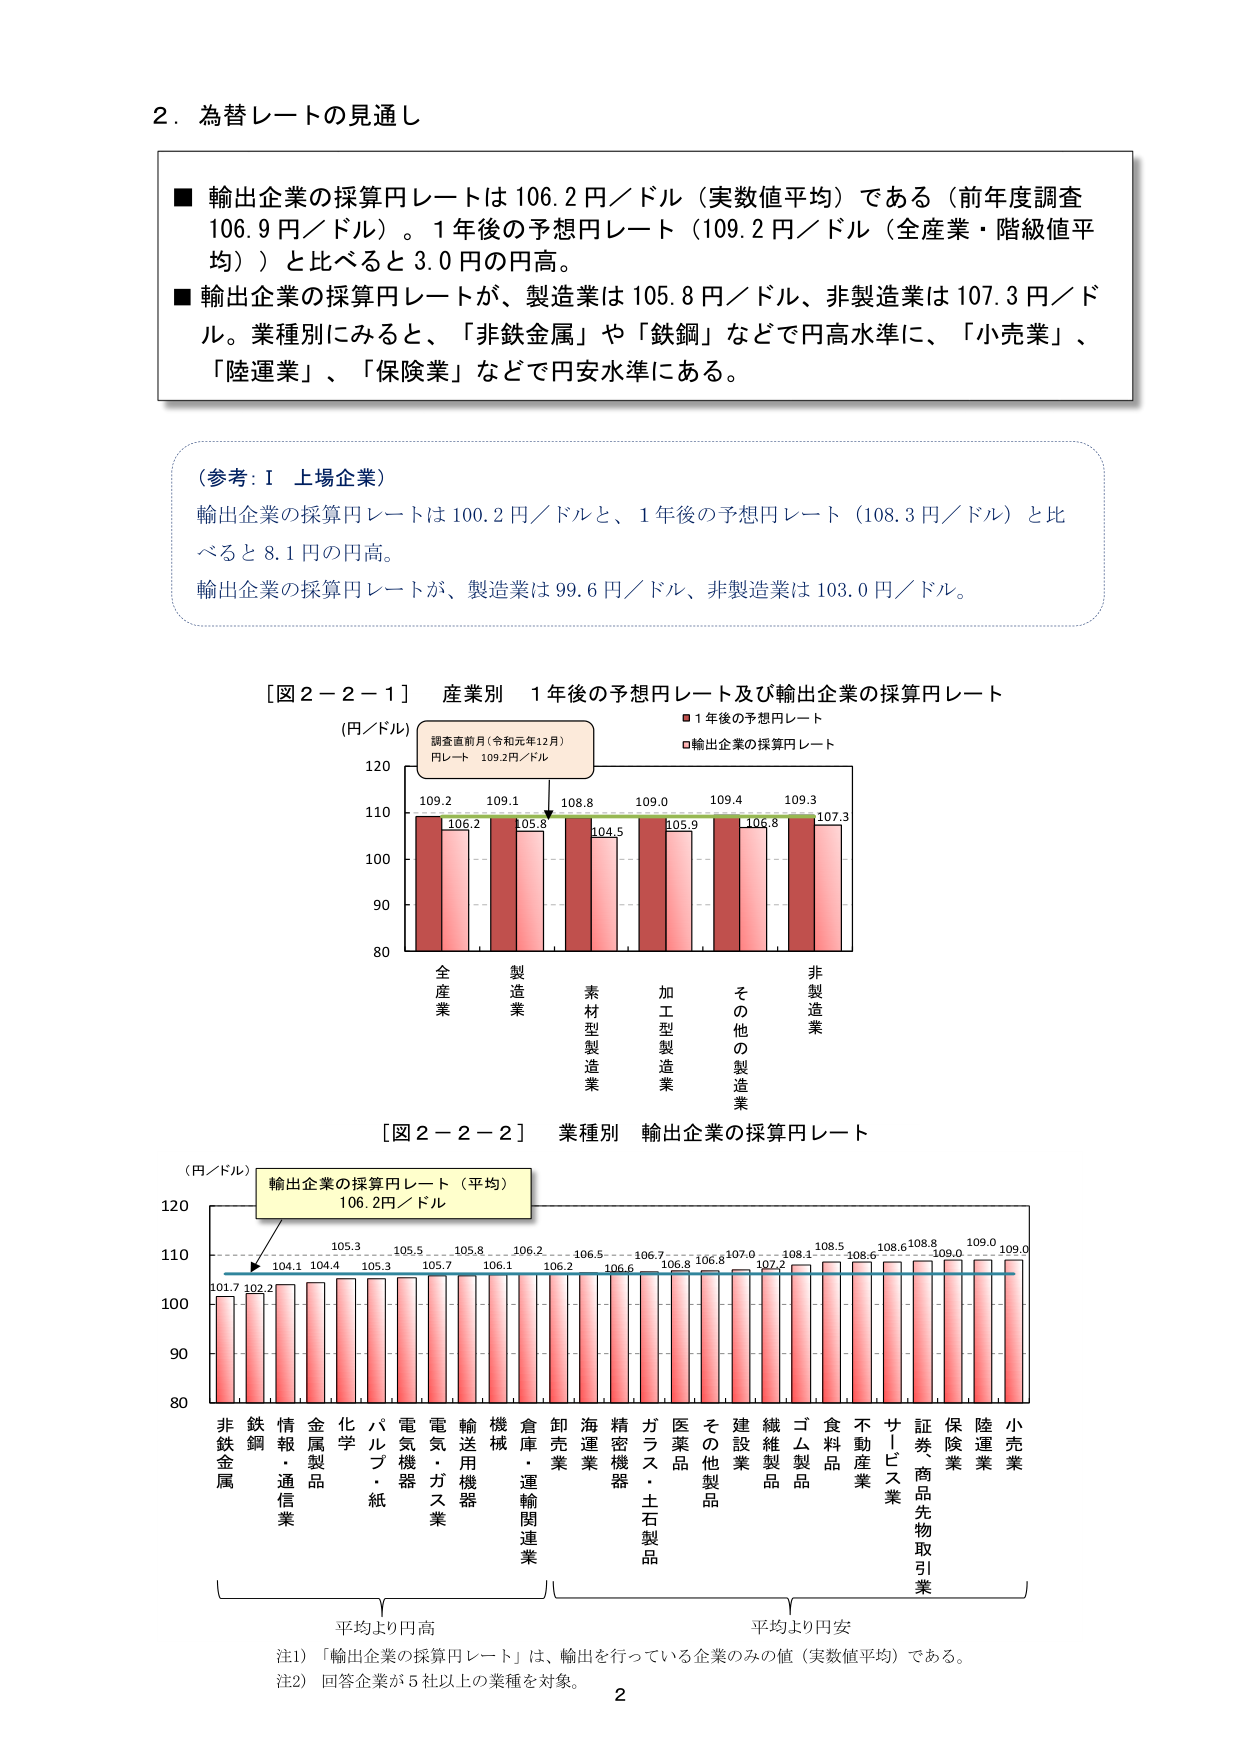
2．為替レートの見通し

■ 輸出企業の採算円レートは106.2円／ドル（実数値平均）である（前年度調査106.9円／ドル）。1年後の予想円レート（109.2円／ドル（全産業・階級値平均））と比べると3.0円の円高。
■ 輸出企業の採算円レートが、製造業は105.8円／ドル、非製造業は107.3円／ドル。業種別にみると、「非鉄金属」や「鉄鋼」などで円高水準に、「小売業」、「陸運業」、「保険業」などで円安水準にある。

（参考：Ⅰ 上場企業）
輸出企業の採算円レートは100.2円／ドルと、1年後の予想円レート（108.3円／ドル）と比べると8.1円の円高。
輸出企業の採算円レートが、製造業は99.6円／ドル、非製造業は103.0円／ドル。

［図2－2－1］ 産業別 1年後の予想円レート及び輸出企業の採算円レート
（円／ドル）
調査直前月（令和元年12月）
円レート 109.2円／ドル
■ 1年後の予想円レート
□ 輸出企業の採算円レート
109.2 109.1 108.8 109.0 109.4 109.3
106.2 105.8 104.5 105.9 105.8 107.3
80 90 100 110 120
全産業 製造業 素材型製造業 加工型製造業 その他の製造業 非製造業

［図2－2－2］ 業種別 輸出企業の採算円レート
（円／ドル）
輸出企業の採算円レート（平均）
106.2円／ドル
101.7 102.2 104.1 104.4 105.3 105.5 105.7 105.8 106.1 106.2 106.5 106.6 106.7 106.8 106.8 107.0 107.2 108.1 108.5 108.6 108.8 109.0 109.0
80 90 100 110 120
非鉄金属 鉄鋼 情報・通信業 金属製品 化学 パルプ・紙 電気機器 電気・ガス業 輸送用機器 機械 倉庫・運輸関連業 卸売業 海運業 精密機器 ガラス・土石製品 医薬品 その他製品 建設業 繊維製品 ゴム製品 食料品 不動産業 サービス業 証券・商品先物取引業 保険業 陸運業 小売業
平均より円高 平均より円安
注1）「輸出企業の採算円レート」は、輸出を行っている企業のみの値（実数値平均）である。
注2）回答企業が5社以上の業種を対象。
2